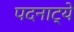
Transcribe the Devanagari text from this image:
पदनाट्ये